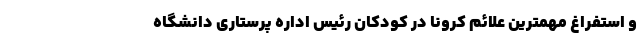
و استفراغ مهمترین علائم کرونا در کودکان رئیس اداره پرستاری دانشگاه